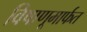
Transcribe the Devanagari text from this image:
विषाणूमार्फत